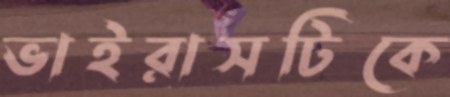
ভাইরাসটিকে